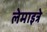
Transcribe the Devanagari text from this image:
लेमाइत्रे